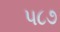
૫૮૭